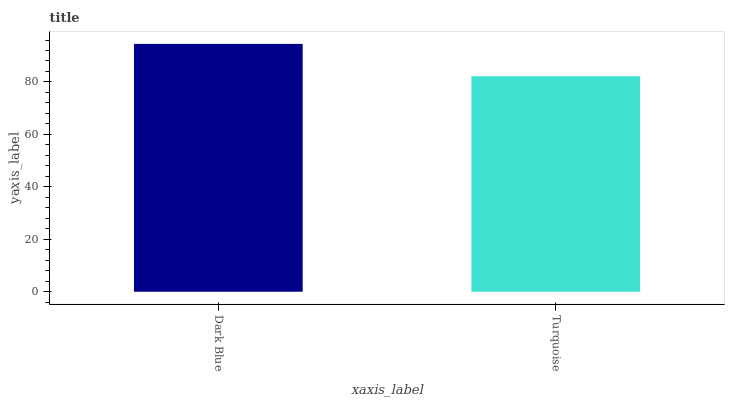
| xaxis_label | bars |
 | --- | --- |
 | Dark Blue | 94.5 |
 | Turquoise | 82.2 |